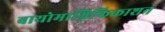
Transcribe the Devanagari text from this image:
बायोमाग्निफिकाशन